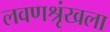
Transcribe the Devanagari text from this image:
लवणश्रृंखला